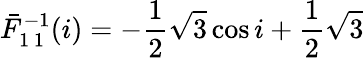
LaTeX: \bar{F}_{1\, 1}^{-1}(i)=-\frac{1}{2}\sqrt{3}\cos i+\frac{1}{2}\sqrt{3}